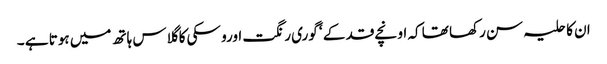
ان کا حلیہ سن رکھا تھا کہ اونچے قد کے ‘ گوری رنگت اورو سکی کا گلاس ہاتھ میں ہوتا ہے ۔